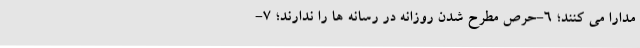
مُدارا می ­کنند؛ 6-حرص مطرح شدن روزانه در رسانه­ ها را ندارند؛ 7-